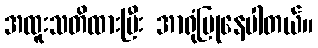
အထူးသတိထားပြီး အာရုံပြုနေပါတယ်။